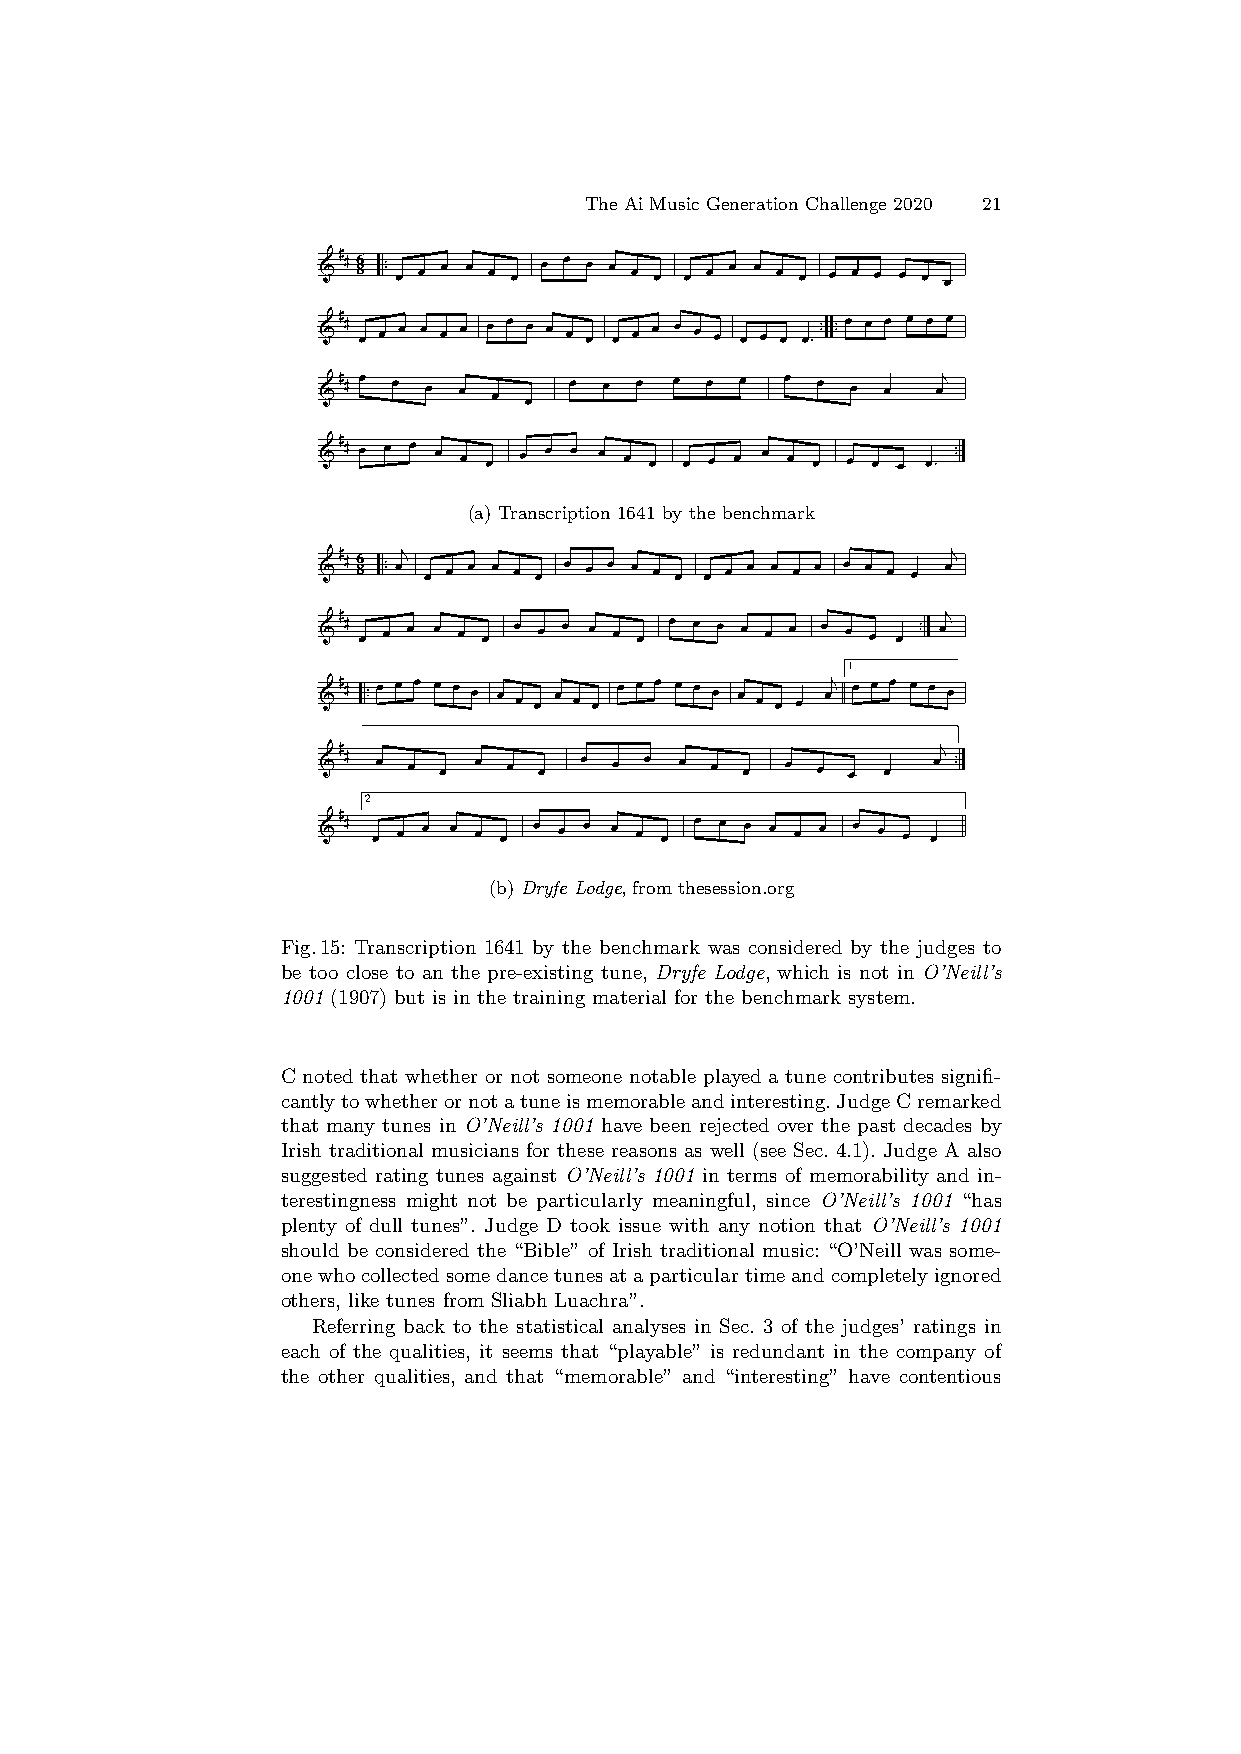
The Ai Music Generation Challenge 2020 21
 6
 8
 (a) Transcription 1641 by the benchmark
 6
 8
 1
 2
 (b) Dryfe Lodge, from thesession.org
 Fig.15: Transcription 1641 by the benchmark was considered by the judges to
 be too close to an the pre-existing tune, Dryfe Lodge, which is not in O’Neill’s
 1001 (1907) but is in the training material for the benchmark system.
 C noted that whether or not someone notable played a tune contributes signifi-
 cantlytowhetherornotatuneismemorableandinteresting.JudgeCremarked
 that many tunes in O’Neill’s 1001 have been rejected over the past decades by
 Irish traditional musicians for these reasons as well (see Sec. 4.1). Judge A also
 suggested rating tunes against O’Neill’s 1001 in terms of memorability and in-
 terestingness might not be particularly meaningful, since O’Neill’s 1001 “has
 plenty of dull tunes”. Judge D took issue with any notion that O’Neill’s 1001
 should be considered the “Bible” of Irish traditional music: “O’Neill was some-
 onewhocollectedsomedancetunesataparticulartimeandcompletelyignored
 others, like tunes from Sliabh Luachra”.
 Referring back to the statistical analyses in Sec. 3 of the judges’ ratings in
 each of the qualities, it seems that “playable” is redundant in the company of
 the other qualities, and that “memorable” and “interesting” have contentious